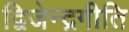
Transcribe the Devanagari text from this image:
द्विजेन्द्रगीति